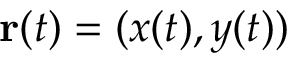
\mathbf { r } ( t ) = ( x ( t ) , y ( t ) )